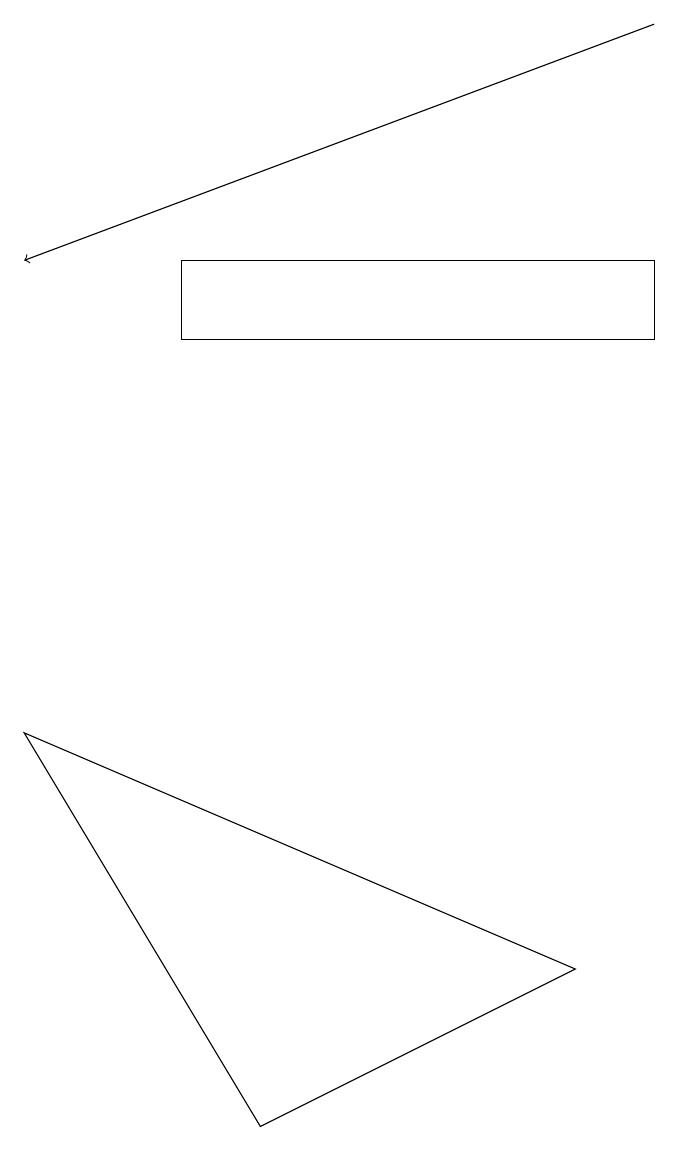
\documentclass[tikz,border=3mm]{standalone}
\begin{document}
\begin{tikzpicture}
\draw (2,13) rectangle (8,14);
\draw[->] (8,17) -- (0,14);
\draw (0,8) -- (3,3) -- (7,5) -- cycle;
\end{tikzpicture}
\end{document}